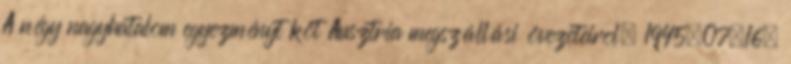
A négy nagyhatalom egyezményt köt Ausztria megszállási övezeteirõl. 1945.07.16.